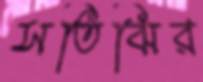
সতিঝির